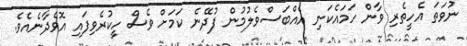
ނުވަތަ އެހީތެރި ވާން ހަމައެކަނި އެއްބަސްވެލުމުން ފުދޭނެ ކަމަށް ވެސް ހީކުރެވިފައި އޮވެދާނެއެވެ.